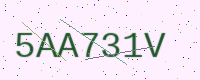
Text: 5AA731V